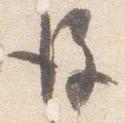
後